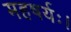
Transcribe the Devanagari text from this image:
महषर्यः।